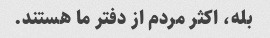
بله، اکثر مردم از دفتر ما هستند.